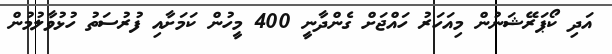
އަދި ކޯޕަރޭޝަނުން މިއަހަރު ހައްޖަށް ގެންދާނީ 400 މީހުން ކަަމަށާއި ފުރުސަތު ހުޅުވާލުމުން